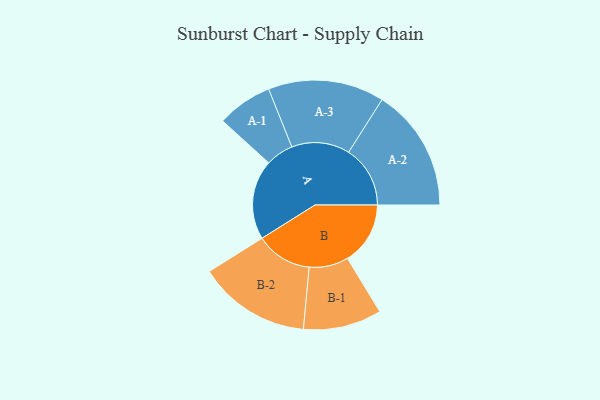
{"axis": {"x": "Segment", "y": "Value"}, "legend": ["", "A", "B"], "data": [{"x": "A", "y": 388, "type": ""}, {"x": "B", "y": 306, "type": ""}, {"x": "A-1", "y": 135, "type": "A"}, {"x": "A-2", "y": 300, "type": "A"}, {"x": "A-3", "y": 283, "type": "A"}, {"x": "B-1", "y": 191, "type": "B"}, {"x": "B-2", "y": 274, "type": "B"}]}